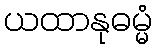
ယထာနုဓမ္မံ